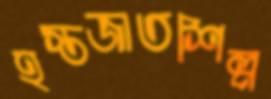
হস্তজাতশিল্প